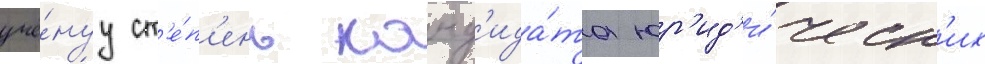
учё́нуу ст'е́п'ень канд'ида́та юр'ид'и́ческ'их